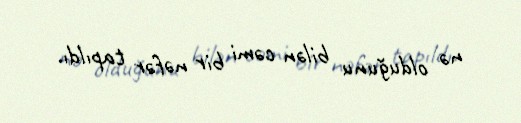
nə olduğunu bilən cəmi bir nəfər tapıldı.